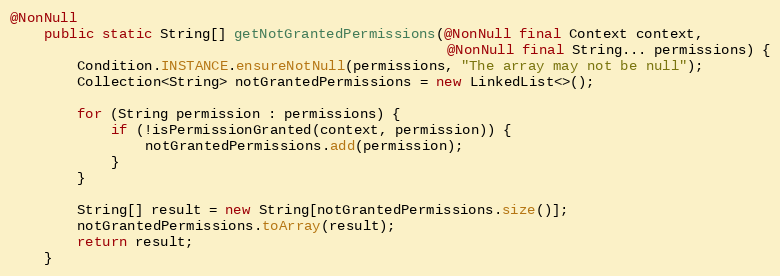
Language: Java
@NonNull
    public static String[] getNotGrantedPermissions(@NonNull final Context context,
                                                    @NonNull final String... permissions) {
        Condition.INSTANCE.ensureNotNull(permissions, "The array may not be null");
        Collection<String> notGrantedPermissions = new LinkedList<>();

        for (String permission : permissions) {
            if (!isPermissionGranted(context, permission)) {
                notGrantedPermissions.add(permission);
            }
        }

        String[] result = new String[notGrantedPermissions.size()];
        notGrantedPermissions.toArray(result);
        return result;
    }